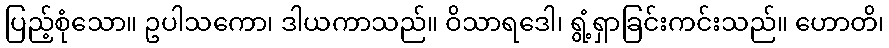
ပြည့်စုံသော။ ဥပါသကော၊ ဒါယကာသည်။ ဝိသာရဒေါ၊ ရွံ့ရှာခြင်းကင်းသည်။ ဟောတိ၊